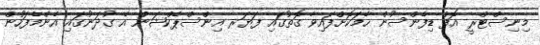
މިނިސްޓްރީ އޮފް ޑިފެންސުން ހާމަކޮށްފައިވާ ގޮތުގައި ފަޔަރ އިންސްޕެކްޝަން އެ ގުދަނުގައި އެންމެފަހުން